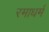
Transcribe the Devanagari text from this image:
रमाधर्म